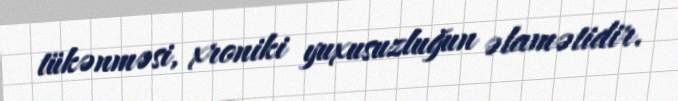
tükənməsi, xroniki yuxusuzluğun əlamətidir.